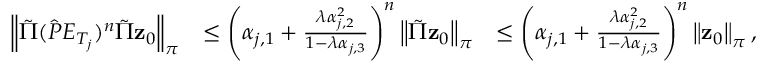
\begin{array} { r l r } { \left\lVert \tilde { \Pi } ( \hat { P } E _ { T _ { j } } ) ^ { n } \tilde { \Pi } \mathbf { z } _ { 0 } \right\rVert _ { \boldsymbol \pi } } & { \leq \left( \alpha _ { j , 1 } + \frac { \lambda \alpha _ { j , 2 } ^ { 2 } } { 1 - \lambda \alpha _ { j , 3 } } \right) ^ { n } \left\lVert \tilde { \Pi } \mathbf { z } _ { 0 } \right\rVert _ { \boldsymbol \pi } } & { \leq \left( \alpha _ { j , 1 } + \frac { \lambda \alpha _ { j , 2 } ^ { 2 } } { 1 - \lambda \alpha _ { j , 3 } } \right) ^ { n } \left\lVert \mathbf { z } _ { 0 } \right\rVert _ { \boldsymbol \pi } , } \end{array}